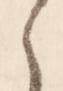
之